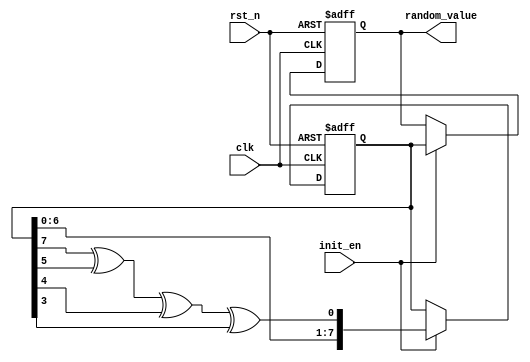
module random_init #(
    parameter WIDTH = 8,        // Width of the random output (e.g., 8-bit)
    parameter SEED = 8'hFF      // Default seed value
) (
    input wire clk,             // Clock signal
    input wire rst_n,           // Active-low reset signal
    input wire init_en,         // Initialization enable signal
    output reg [WIDTH-1:0] random_value // Output for the generated random values
);

// Internal state for the LFSR
reg [WIDTH-1:0] lfsr_state;

// LFSR feedback polynomial for 8-bit (x^8 + x^6 + x^5 + x^4 + 1)
wire feedback = lfsr_state[7] ^ lfsr_state[5] ^ lfsr_state[4] ^ lfsr_state[3];

always @(posedge clk or negedge rst_n) begin
    if (!rst_n) begin
        // Reset state to initial seed value
        lfsr_state <= SEED;
        random_value <= 0;
    end else if (init_en) begin
        // Update state and generate random value
        lfsr_state <= {lfsr_state[WIDTH-2:0], feedback}; // Shift register
        random_value <= lfsr_state; // Output the current state as random value
    end
end

endmodule